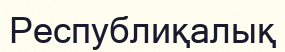
Республиқалық